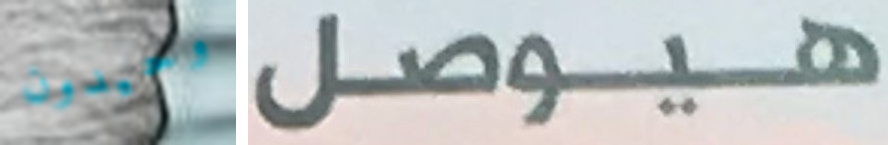
وحيدون هيوصل